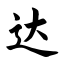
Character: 达